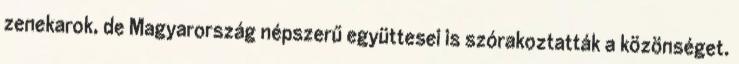
zenekarok, de Magyarország népszerű együttesei is szórakoztatták a közönséget.